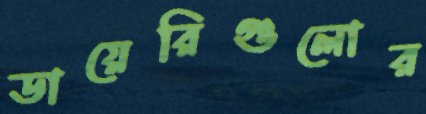
ডায়েরিগুলোর